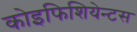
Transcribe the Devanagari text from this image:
कोइफिशियेन्‍टस